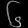
Digit: ၆